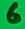
Text: 6